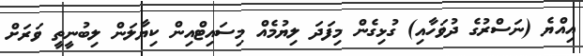
އިއްޔެ (ނަސްރުގެ ދުވަހާއި) ގުޅިގެން މިފަދަ ލިޔުމެއް މިސައިޓްއިން ކިޔާލަން ލިބުނީތީ ވަރަށް